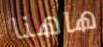
هاهنا